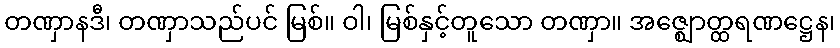
တဏှာနဒီ၊ တဏှာသည်ပင် မြစ်။ ဝါ၊ မြစ်နှင့်တူသော တဏှာ။ အဇ္ဈောတ္ထရဏဋ္ဌေန၊